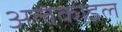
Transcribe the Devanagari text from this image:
अलकाइल